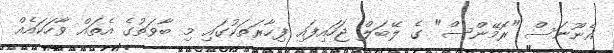
އެނޫނަސް "ރޮމޭންސް" ގެ ލޭބަލް ޖަހައިފައި ފިހާރަތަކުގައި މި ބާވަތުގެ އެތައް ވާހަކައެއް